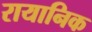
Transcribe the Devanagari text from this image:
रायानिक